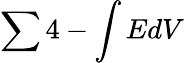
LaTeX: \sum 4-\int EdV